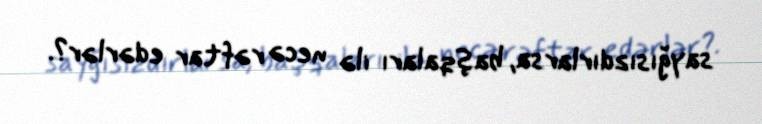
sayğısızdırlarsa, başqaları ilə necə rəftar edərlər?.